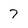
Character: 7